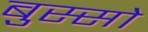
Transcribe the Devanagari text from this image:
बुस्सो